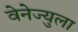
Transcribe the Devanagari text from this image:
वेनेज्युला